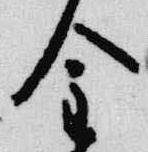
金